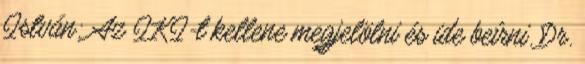
István: Az IKI-t kellene megjelölni és ide beírni. Dr.